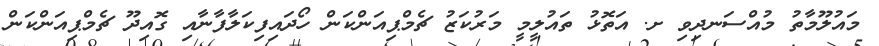
މައުލޫމާތު މުއްސަނދިވި ށ. އަތޮޅު ތައުލީމީ މަރުކަޒު ޗެމްޕިއަންކަން ހޯދައިފިކަލާފާނާއި ގޮއިދޫ ޗެމްޕިއަންކަން